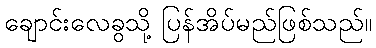
ချောင်းလေခွသို့ ပြန်အိပ်မည်ဖြစ်သည်။